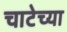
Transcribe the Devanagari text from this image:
चाटेच्या